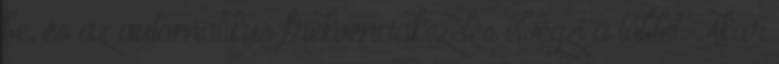
be, és az automatikus frekvenciakezelés elvégzi a többit. Akár